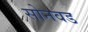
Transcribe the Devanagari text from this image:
सोनवड